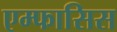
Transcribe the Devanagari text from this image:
एम्फासिस